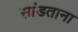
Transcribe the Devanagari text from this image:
सांडताना